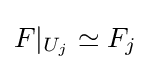
F|_{U_{j}}\simeq F_{j}